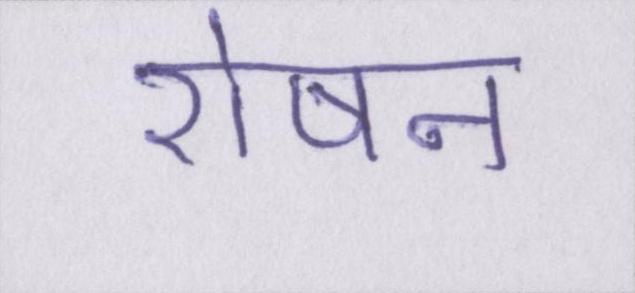
रोषन